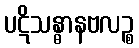
ပဋိသန္ဓာနဗလဉ္စ